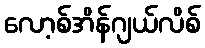
လော့စ်အိန်ဂျယ်လိစ်